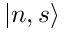
| n , s \rangle